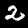
Digit: 2